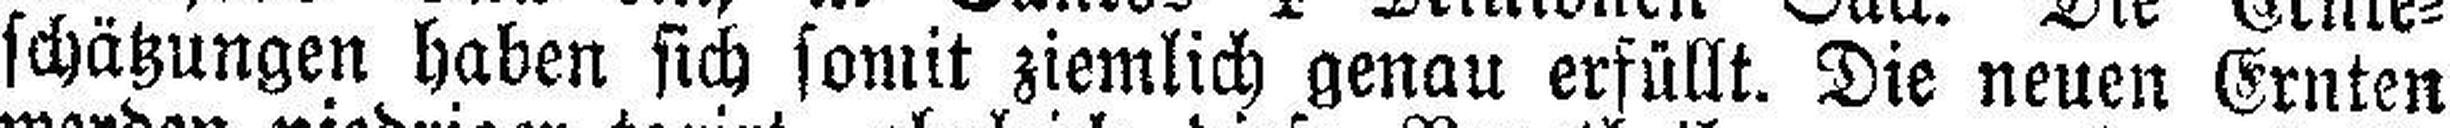
schätzungen haben sich somit ziemlich genau erfüllt. Die neuen Ernten